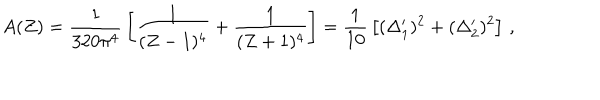
A ( Z ) = { \frac { 1 } { 3 2 0 \pi ^ { 4 } } } \left[ { \frac { 1 } { ( Z - 1 ) ^ { 4 } } } + { \frac { 1 } { ( Z + 1 ) ^ { 4 } } } \right] = { \frac { 1 } { 1 0 } } \left[ ( \Delta _ { 1 } ^ { \prime } ) ^ { 2 } + ( \Delta _ { 2 } ^ { \prime } ) ^ { 2 } \right] \, ,